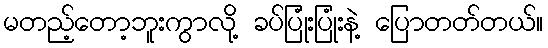
မတည့်တော့ဘူးကွာလို့ ခပ်ပြုံးပြုံးနဲ့ ပြောတတ်တယ်။